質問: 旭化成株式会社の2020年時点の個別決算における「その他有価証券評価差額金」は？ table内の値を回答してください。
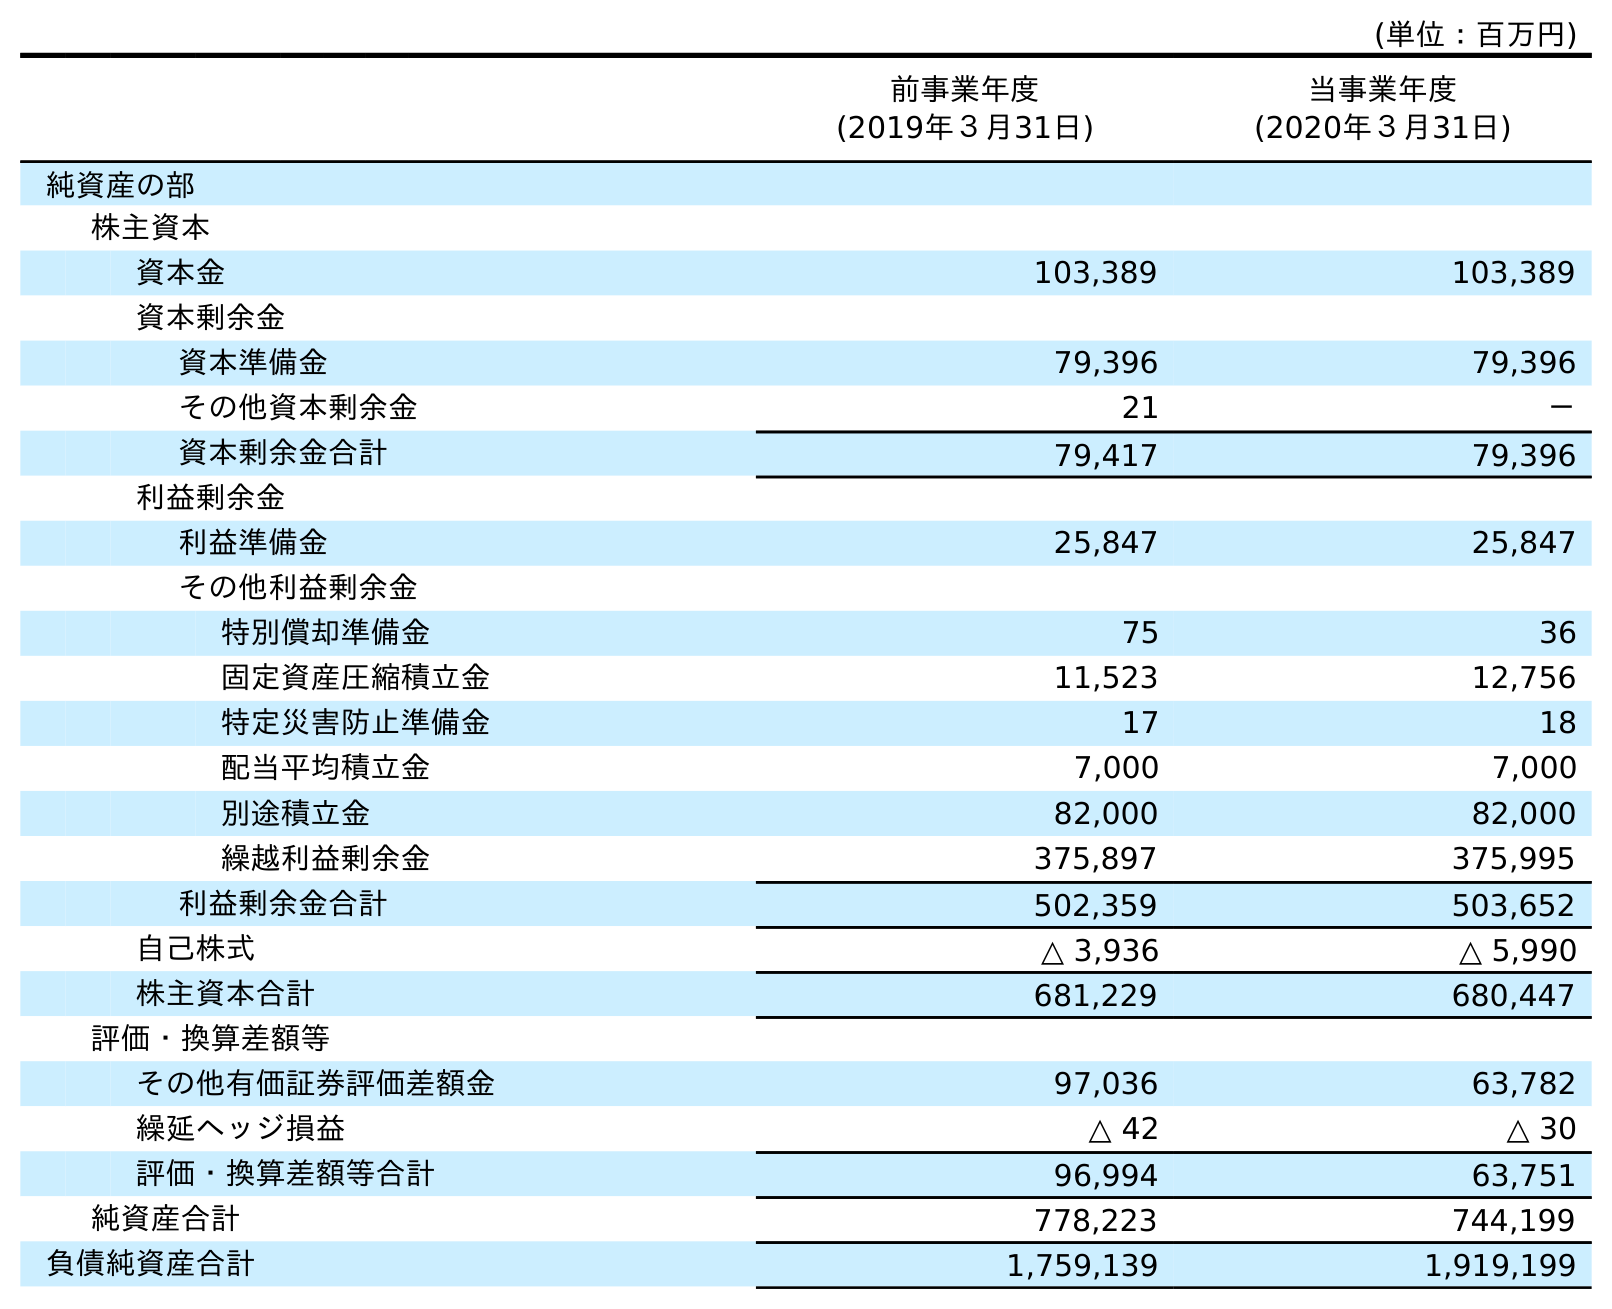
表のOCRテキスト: (単位：百万円) 前事業年度 (2019年３月31日) 当事業年度 (2020年３月31日) 純資産の部 株主資本 資本金 103,389 103,389 資本剰余金 資本準備金 79,396 79,396 その他資本剰余金 21 － 資本剰余金合計 79,417 79,396 利益剰余金 利益準備金 25,847 25,847 その他利益剰余金 特別償却準備金 75 36 固定資産圧縮積立金 11,523 12,756 特定災害防止準備金 17 18 配当平均積立金 7,000 7,000 別途積立金 82,000 82,000 繰越利益剰余金 375,897 375,995 利益剰余金合計 502,359 503,652 自己株式 △ 3,936 △ 5,990 株主資本合計 681,229 680,447 評価・換算差額等 その他有価証券評価差額金 97,036 63,782 繰延ヘッジ損益 △ 42 △ 30 評価・換算差額等合計 96,994 63,751 純資産合計 778,223 744,199 負債純資産合計 1,759,139 1,919,199
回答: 63,782